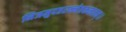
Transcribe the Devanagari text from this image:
निजमुदहरन्नेत्रकमलम्।।